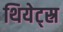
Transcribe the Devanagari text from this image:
थियेट्स्र